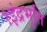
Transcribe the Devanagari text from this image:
१इंद्रभुति